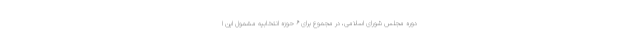
دوره مجلس شورای اسلامی، در مجموع برای ۶ حوزه انتخابیه مشمول این ا